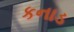
કનાડ